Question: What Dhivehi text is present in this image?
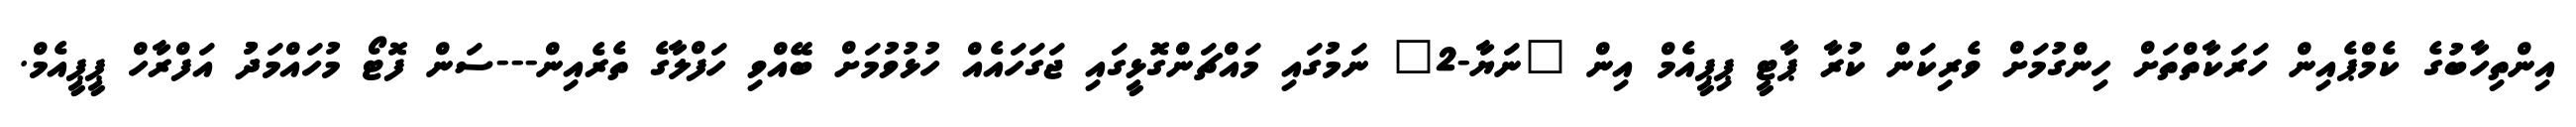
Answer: އިންތިހާބުގެ ކެމްޕެއިން ހަރަކާތްތަށް ހިންގުމަށް ވެރިކަން ކުރާ ޕާޓީ ޕިޕީއެމް އިން "ނަޔާ-2" ނަމުގައި މައްޗަންގޮޅީގައި ޖަގަހައެއް ހުޅުވުމަށް ބޭއްވި ހަފްލާގެ ތެރެއިން---ސަން ފޮޓޯ މުހައްމަދުު އަފްރާހް ޕީޕީއެމް.